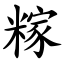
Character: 糘